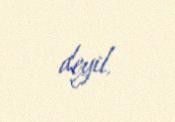
deyil.